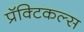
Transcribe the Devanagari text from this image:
प्रॅक्टिकल्स